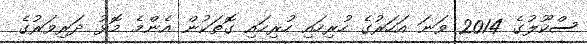
ސްކޫލުގެ 2014 ވަނަ އަހަރުގެ ހުރިހައި ހުރިހައި ގޮތަކުން އެންމެ މޮޅުު ދަރިވަރުގެ